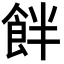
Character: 䬳